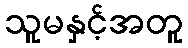
သူမနှင့်အတူ